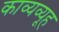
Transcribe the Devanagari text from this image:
काव्यव्यूह